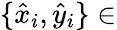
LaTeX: \{ \hat{x}_{i},\hat{y}_{i}\} \in